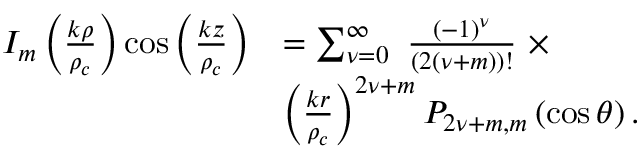
\begin{array} { r l } { I _ { m } \left( \frac { k \rho } { \rho _ { c } } \right) \cos \left( \frac { k z } { \rho _ { c } } \right) } & { = \sum _ { { \nu } = 0 } ^ { \infty } \ \frac { ( - 1 ) ^ { { \nu } } } { ( 2 ( { \nu } + m ) ) ! } \ \times } \\ & { \left( \frac { k r } { \rho _ { c } } \right) ^ { 2 { \nu } + m } P _ { 2 { \nu } + m , m } \left( \cos \theta \right) . } \end{array}